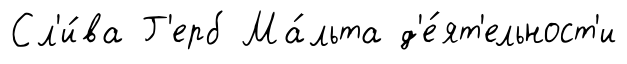
Сл'и́ва Г'ерб Ма́льта д'е́ят'ельност'и